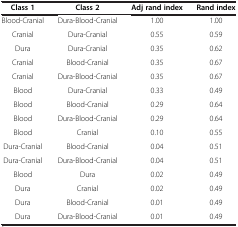
| Class 1 | Class 2 | Adj rand index | Rand index |
 | --- | --- | --- | --- |
 | Blood-Cranial | Dura-Blood-Cranial | 1.00 | 1.00 |
 | Cranial | Dura-Cranial | 0.55 | 0.59 |
 | Dura | Dura-Cranial | 0.35 | 0.62 |
 | Cranial | Blood-Cranial | 0.35 | 0.67 |
 | Cranial | Dura-Blood-Cranial | 0.35 | 0.67 |
 | Blood | Dura-Cranial | 0.33 | 0.49 |
 | Blood | Blood-Cranial | 0.29 | 0.64 |
 | Blood | Dura-Blood-Cranial | 0.29 | 0.64 |
 | Blood | Cranial | 0.10 | 0.55 |
 | Dura-Cranial | Blood-Cranial | 0.04 | 0.51 |
 | Dura-Cranial | Dura-Blood-Cranial | 0.04 | 0.51 |
 | Blood | Dura | 0.02 | 0.49 |
 | Dura | Cranial | 0.02 | 0.49 |
 | Dura | Blood-Cranial | 0.01 | 0.49 |
 | Dura | Dura-Blood-Cranial | 0.01 | 0.49 |